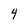
Character: 4